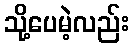
သို့ပေမဲ့လည်း